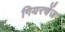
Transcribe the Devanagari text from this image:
गियरचेंज